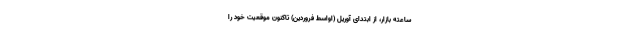
ساعته بازار، از ابتدای آوریل (اواسط فروردین) تاکنون موقعیت خود را